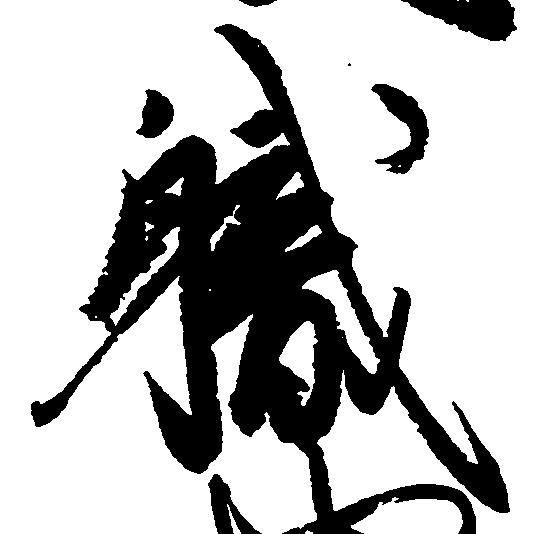
職